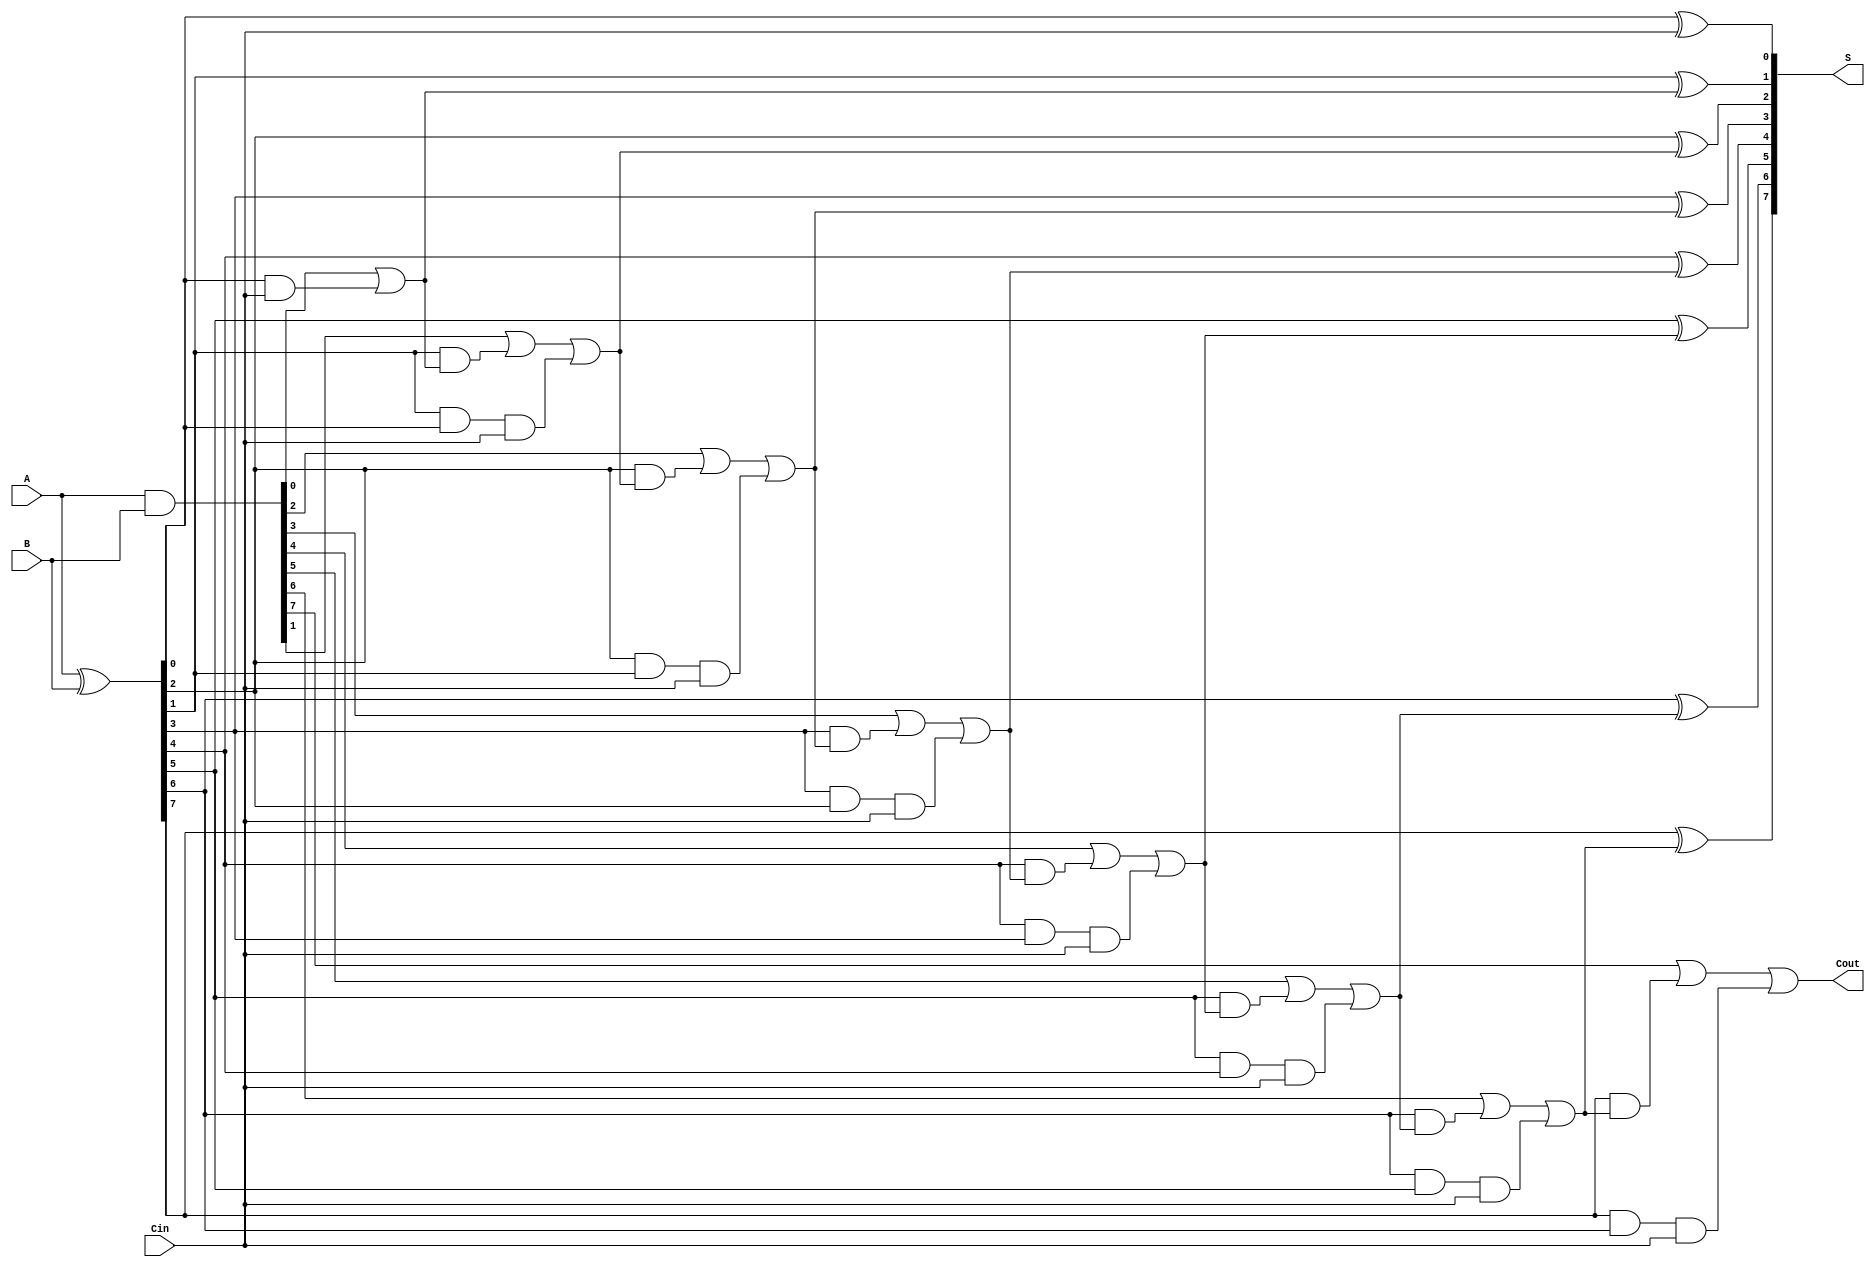
module SklanskyAdder #(parameter n = 8) (
    input  [n-1:0] A,      // First operand
    input  [n-1:0] B,      // Second operand
    input          Cin,     // Carry input
    output [n-1:0] S,      // Sum output
    output         Cout     // Carry output
);

    // Generate and Propagate signals
    wire [n-1:0] G; // Generate
    wire [n-1:0] P; // Propagate
    wire [n:0] C;   // Carry signals

    // Compute Generate and Propagate signals
    assign G = A & B;           // G[i] = A[i] & B[i]
    assign P = A ^ B;           // P[i] = A[i] ^ B[i]

    // Compute carry signals
    assign C[0] = Cin;          // Initial carry input

    // Stage 1: Compute carry signals for pairs of bits
    genvar i;
    generate
        for (i = 0; i < n; i = i + 1) begin : carry_generation
            if (i == 0) begin
                assign C[i + 1] = G[i] | (P[i] & C[i]); // C[1]
            end else begin
                assign C[i + 1] = G[i] | (P[i] & C[i]) | (P[i] & P[i-1] & C[0]); // C[i + 1]
            end
        end
    endgenerate

    // Compute the sum
    generate
        for (i = 0; i < n; i = i + 1) begin : sum_generation
            assign S[i] = P[i] ^ C[i]; // S[i] = P[i] ^ C[i]
        end
    endgenerate

    // Final carry out
    assign Cout = C[n]; // Carry out

endmodule